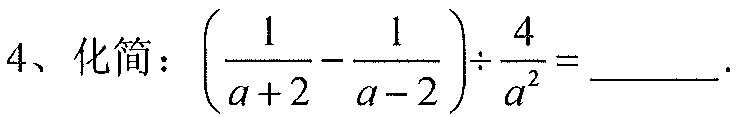
4、化简：\(\left(\frac{1}{a + 2}-\frac{1}{a - 2}\right)\div\frac{4}{a^{2}}=\)______.